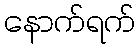
နောက်ရက်